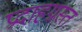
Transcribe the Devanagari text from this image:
प्रदाहग्रस्त